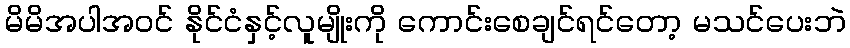
မိမိအပါအဝင် နိုင်ငံနှင့်လူမျိုးကို ကောင်းစေချင်ရင်တော့ မသင်ပေးဘဲ